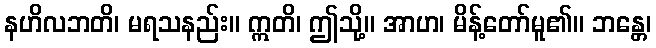
နဟိလဘတိ၊ မရသနည်း။ ဣတိ၊ ဤသို့။ အာဟ၊ မိန့်တော်မူ၏။ ဘန္တေ၊